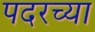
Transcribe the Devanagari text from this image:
पदरच्या